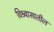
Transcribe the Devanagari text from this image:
विश्र्वासातील